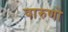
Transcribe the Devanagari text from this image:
वारुणो